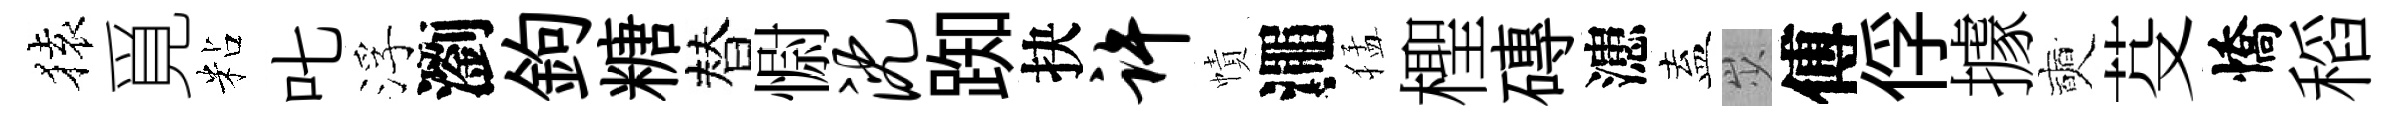
𫞤覓粘叱浮瀏鉤糖替𢠢沈踟抉许幘澠猛檉磚漶盍𡵯傅俘據奭芟憍稻